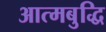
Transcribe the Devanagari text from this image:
आत्मबुद्धि